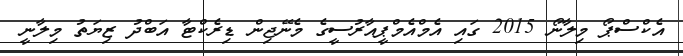
އެކްސްޕޯ މިލާނޯ 2015 ގައި އެމްއެމްޕީއާރުސީގެ މެނޭޖިން ޑިރެކްޓާ އަބްދު ޒިޔަތު މިލާނީ